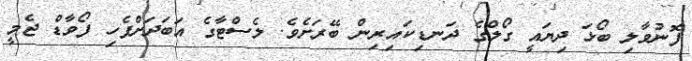
ފޮނުވާލި ބޯޅަ ދިޔައީ ގޯލްގެ ދަނޑިކައިރިން ބޭރަށެވެ. ލެސްޓާގެ އަބަދަށްފެހި ފޯވާޑް ޖެމީ